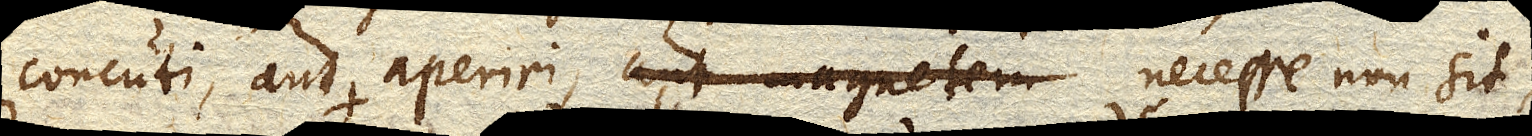
concuti, aut aperiri, aut magnetem necesse non sit.